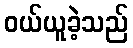
ဝယ်ယူခဲ့သည်